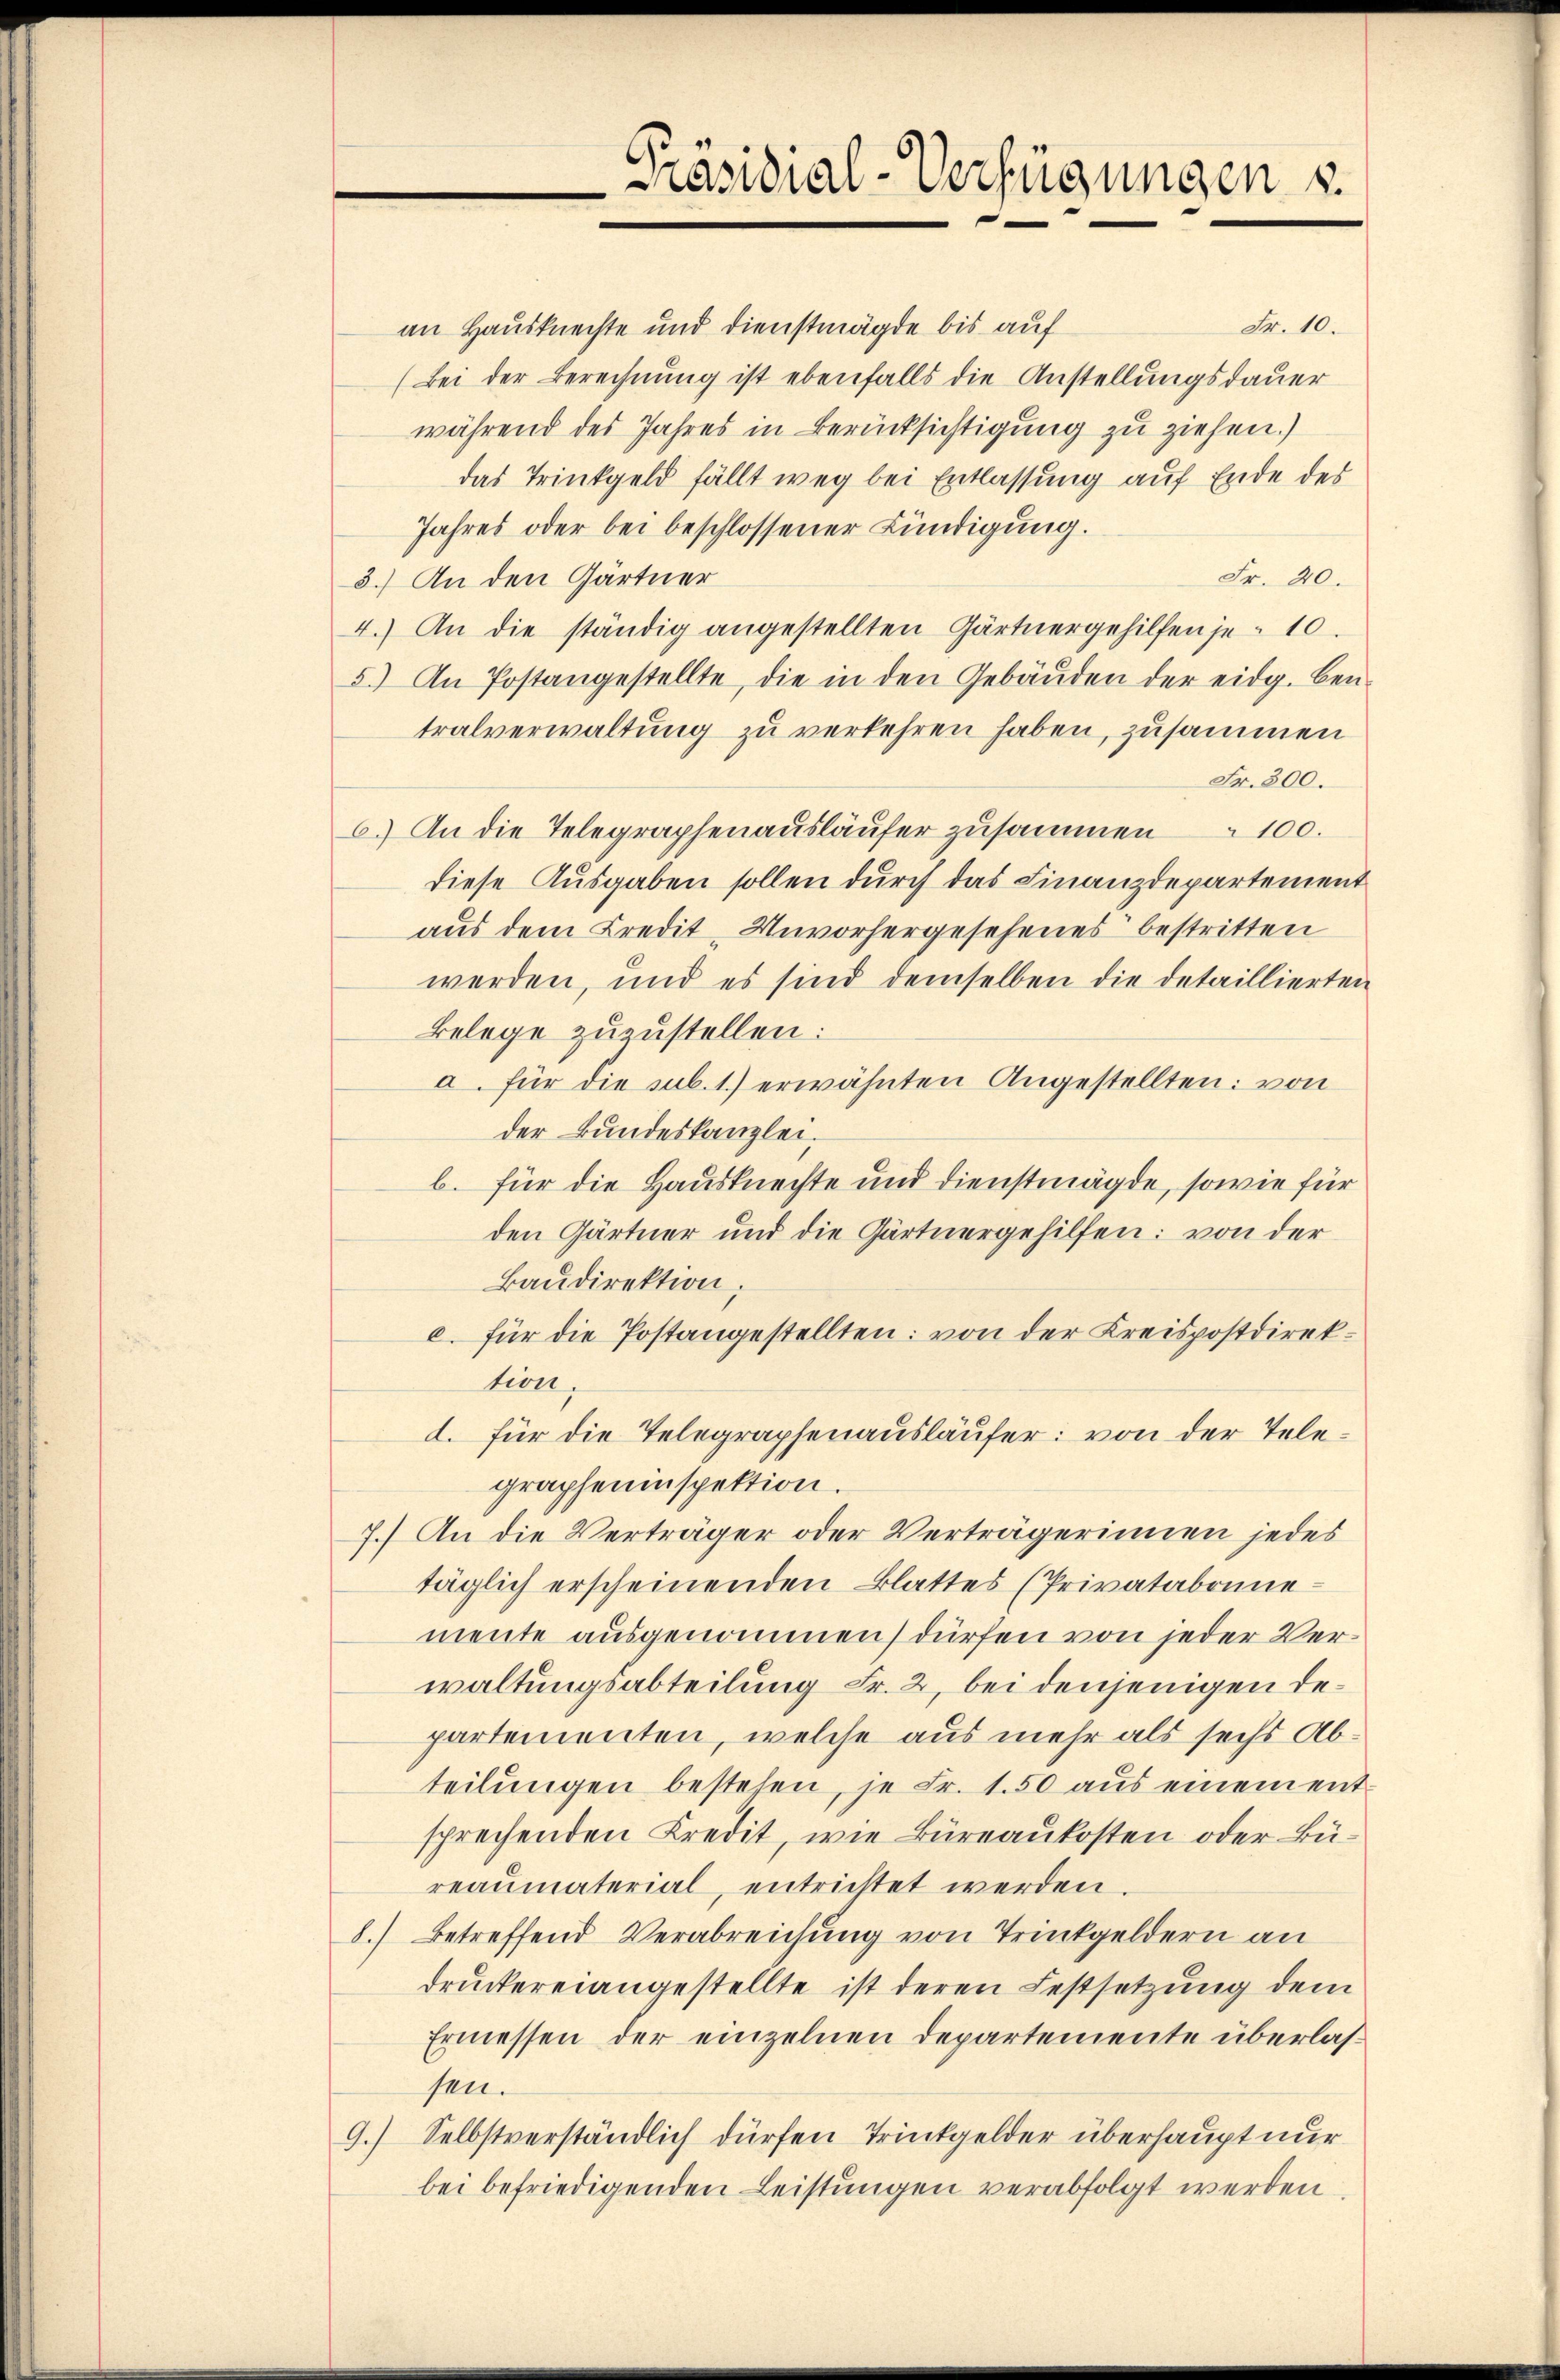
Präsidial-Verfügungen s.

Fr. 10.
an Hausknechte und Dienstmägde bis auf
(Bei der Berechnung ist ebenfalls die Anstellungsdauer
während des Jahres in Berücksichtigung zu ziehen.)
das Trinkgeld fällt weg bei Entlassung auf Ende des
Jahres oder bei beschlossener Kündigung.
Fr. 40.
3.) An den Gärtner
4.) An die ständig angestellten Gärtnergehilfen je 10.
5.) An Postangestellte, die in den Gebäŭden der eidg. Ben-
tralverwaltung zu verkehren haben, zusammen
Fr. 300.
6.) An die Telegraphenausläufer zusammen 100.
diese Ausgaben sollen durch das Finanzdepartement
aus dem Kredit, Unvorhergesehenes bestritten
werden, und es sind demselben die detaillierten
Belege zuzustellen:
a. für die sub. 1.) erwähnten Angestellten: von
der Bundeskanzlei.
b. für die Hausknechte und dienstmägde, sowie für
den Gärtner und die Gärtnergehilfen: von der
Baudirektion;
c. für die Postangestellten: von der Kreispostdirektion
d. für die Telegraphenausläufer: von der Telegrapheninspektion.
7.) An die Verträger oder Verträgerinnen jedes
täglich erscheinenden Blattes (Privatabonne
mente ausgenommen) dürfen von jeder Verwaltungsabteilung Fr. 2, bei denjenigen departementen, welche aus mehr als sechs Abteilŭngen bestehen, je Fr. 1.50 aŭs einem entsprechenden Kredit, wie Büreaukosten oder Büreaŭmaterial, entrichtet werden.
8.) Betreffend Verabreichung von Trinkgeldern an
druckereiangestellte ist deren Festsetzung dem
Ermessen der einzelnen Departemente überlassen.
9.) Selbstverständlich dürfen Trinkgelder überhaupt nur
bei befriedigenden Leistungen verabfolgt werden.